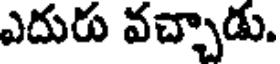
ఎదురు వచ్చాడు.